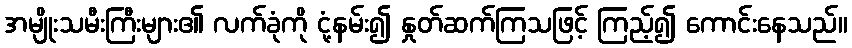
အမျိုးသမီးကြီးများ၏ လက်ခုံကို ငုံ့နမ်း၍ နှုတ်ဆက်ကြသဖြင့် ကြည့်၍ ကောင်းနေသည်။